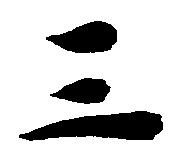
三